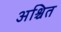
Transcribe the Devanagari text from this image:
अश्चित